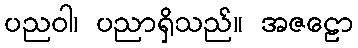
ပညဝါ၊ ပညာရှိသည်။ အဇဠော